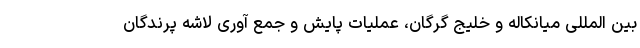
بین المللی میانکاله و خلیج گرگان، عملیات پایش و جمع آوری لاشه پرندگان